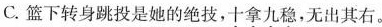
C.篮下转身跳投是她的绝技，\underset{·}{十}\underset{·}{拿}\underset{·}{九}\underset{·}{稳}，无出其右。